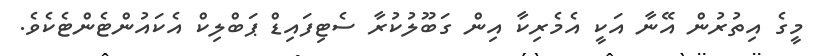
މީގެ އިތުރުން އޭނާ އަކީ އެމެރިކާ އިން ގަބޫލުކުރާ ސެޓިފައިޑް ޕަބްލިކް އެކައުންޓެންޓެކެވެ.